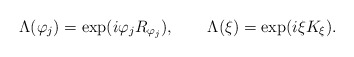
\begin{align*}\Lambda (\varphi _{j})=\exp (i\varphi _{j}R_{\varphi _{j}}),\qquad \Lambda(\xi )=\exp (i\xi K_{\xi }). \end{align*}